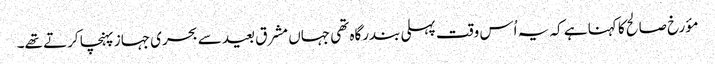
مؤرخ صالح کا کہنا ہے کہ یہ اُس وقت پہلی بندرگاہ تھی جہاں مشرق بعید سے بحری جہاز پہنچا کرتے تھے۔